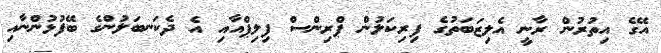
އޭގެ އިތުރުން ރާނީ އެލިޒަބަތުގެ ފިރިކަލުން ޕްރިންސް ފިލިޕްއާއި އެ ދެކަނބަލުންގެ ބޭފުޅުންނާއި